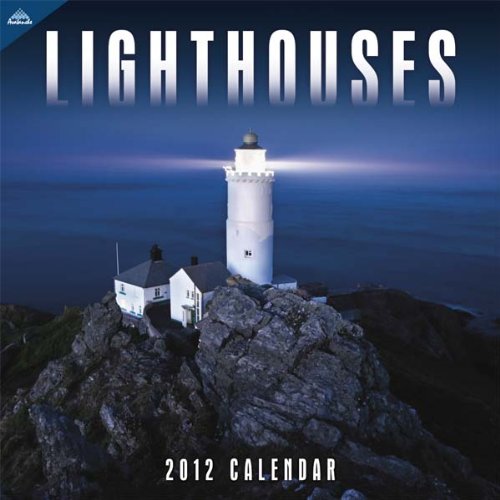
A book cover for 2012 Lighthouses 12X12 Wall  calendar; Perfect Timing  - Avalanche; Calendars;